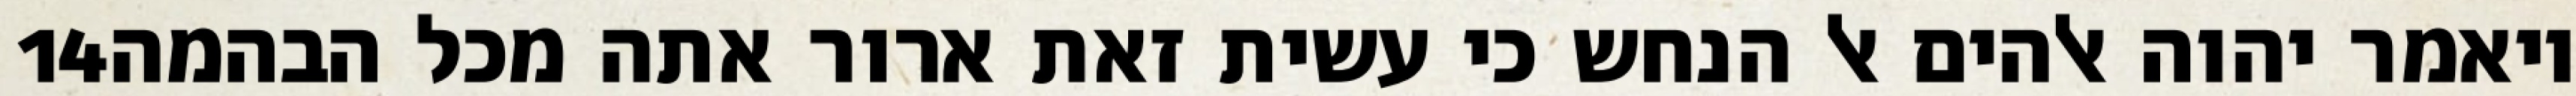
‎14‏ ויאמר יהוה אלהים אל הנחש כי עשית זאת ארור אתה מכל הבהמה